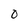
Character: O